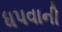
ધપવાની